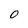
Character: 0